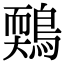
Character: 𪃉